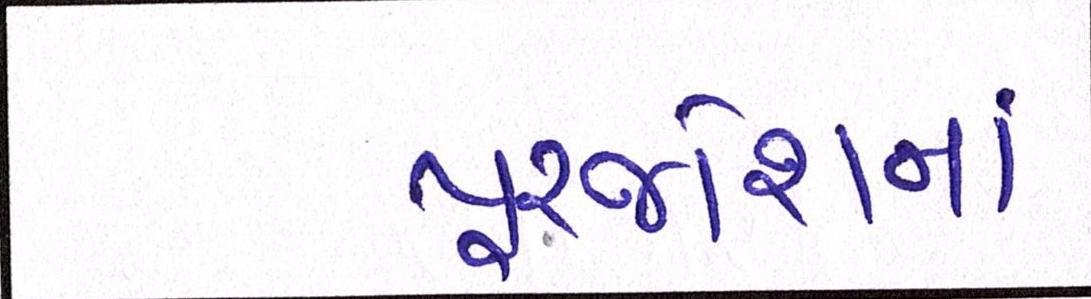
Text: પુરજોશમાં